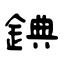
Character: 錪